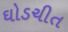
ઘોડચીત